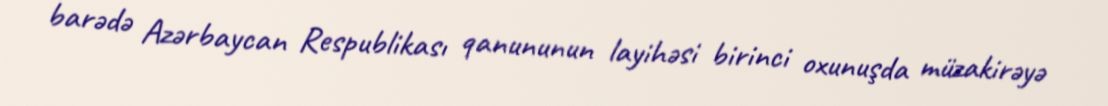
barədə Azərbaycan Respublikası qanununun layihəsi birinci oxunuşda müzakirəyə